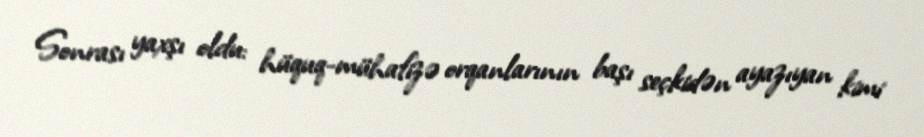
Sonrası yaxşı oldu: hüquq-mühafizə orqanlarının başı seçkidən ayazıyan kimi